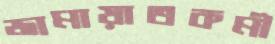
জামায়াতকর্মী